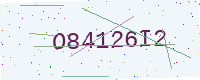
Text: O84126I2